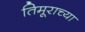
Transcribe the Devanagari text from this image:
तिमूराच्या